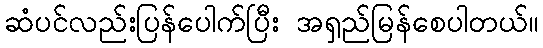
ဆံပင်လည်းပြန်ပေါက်ပြီး အရှည်မြန်စေပါတယ်။